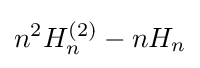
n^{2}H_{n}^{(2)}-nH_{n}